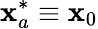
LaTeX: \mathbf{x}_{a}^{*}\equiv\mathbf{x}_{0}